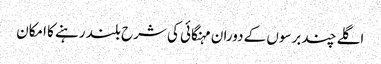
اگلے چند برسوں کے دوران مہنگائی کی شرح بلند رہنے کا امکان